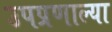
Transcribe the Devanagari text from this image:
उपप्रणाल्या